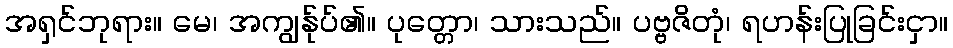
အရှင်ဘုရား။ မေ၊ အကျွန်ုပ်၏။ ပုတ္တော၊ သားသည်။ ပဗ္ဗဇိတုံ၊ ရဟန်းပြုခြင်းငှာ။